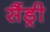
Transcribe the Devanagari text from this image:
सैंड्री